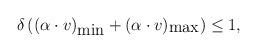
LaTeX: \begin{align*}\delta\,((\alpha\cdot v)_{\mbox{min}}+(\alpha\cdot v)_{\mbox{max}})\leq1, \end{align*}